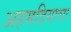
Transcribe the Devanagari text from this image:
अहमदियाचा